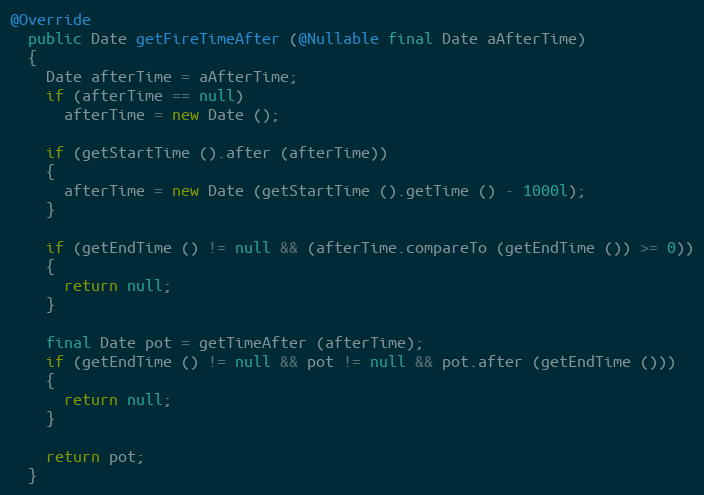
Language: Java
@Override
  public Date getFireTimeAfter (@Nullable final Date aAfterTime)
  {
    Date afterTime = aAfterTime;
    if (afterTime == null)
      afterTime = new Date ();

    if (getStartTime ().after (afterTime))
    {
      afterTime = new Date (getStartTime ().getTime () - 1000l);
    }

    if (getEndTime () != null && (afterTime.compareTo (getEndTime ()) >= 0))
    {
      return null;
    }

    final Date pot = getTimeAfter (afterTime);
    if (getEndTime () != null && pot != null && pot.after (getEndTime ()))
    {
      return null;
    }

    return pot;
  }